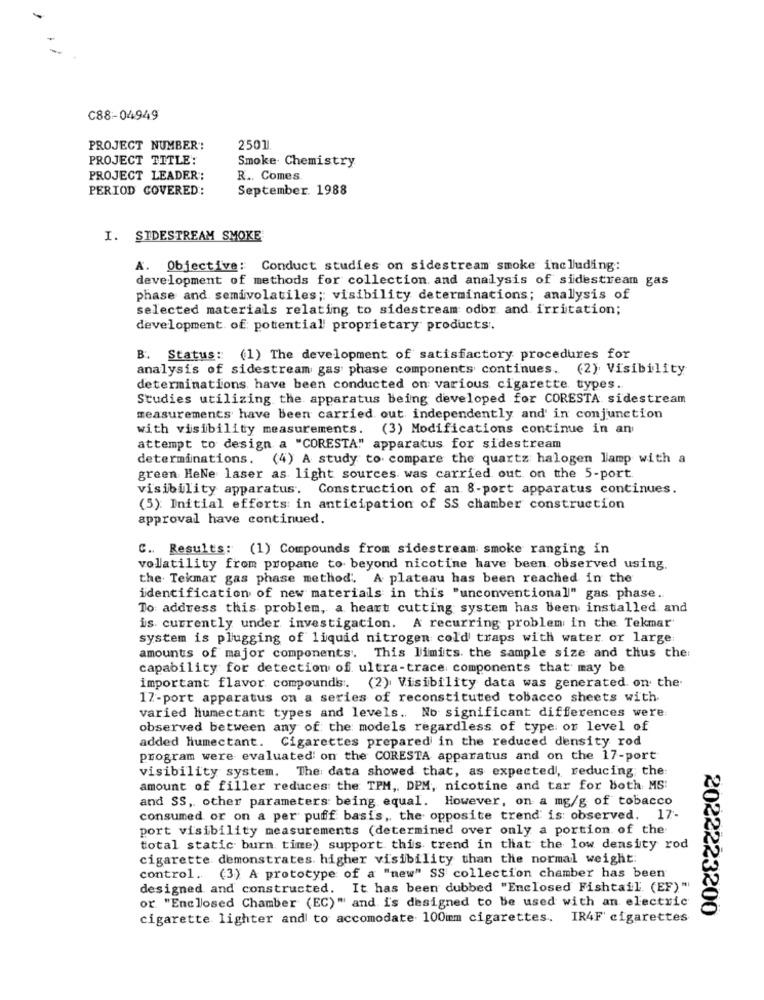
C88-04949
PROJECT NUMBER:
2501
PROJECT TITLE:
Smoke Chemistry
PROJECT LEADER:
R ., Comes
PERIOD COVERED:
September. 1988
I. SIDESTREAM SMOKE
A. Objective: Conduct studies on sidestream smoke including:
development of methods for collection and analysis of sidestream gas
phase and semivolatiles; visibility determinations; analysis of
selected materials relating to sidestream odor and irritation;
development of potential proprietary products :.
B. Status: (1) The development of satisfactory procedures for
analysis of sidestream gas phase components continues. (2) Visibility
determinations have been conducted on various cigarette types.
Studies utilizing the apparatus being developed for CORESTA sidestream
measurements have been carried out independently and in conjunction
with visibility measurements.
(3) Modifications continue in an
attempt to design a "CORESTA" apparatus for sidestream
determinations. (4) A study to compare the quartz halogen lamp with a
green HeNe laser as light sources was carried out on the 5-port
visibility apparatus. Construction of an 8-port apparatus continues.
(5): Initial efforts in anticipation of SS chamber construction
approval have continued.
C. Results: (1) Compounds from sidestream smoke ranging in
volatility from propane to beyond nicotine have been observed using.
the Tekmar gas phase method. A plateau has been reached in the
identification of new materials in thi's "unconventional" gas phase ..
To address this problem, a heart cutting system has been installed and
is currently under investigation. A recurring problem in the Tekmar
system is plugging of liquid nitrogen cold traps with water or large
amounts of major components. This limits. the sample size and thus the:
capability for detection of ultra-trace components that may be
important flavor compounds. (2) Visibility data was generated. on the.
17-port apparatus on a series of reconstituted tobacco sheets with
varied humectant types and levels. No significant differences were:
observed between any of the models regardless of type or level of
added humectant. Cigarettes prepared in the reduced density rod
program were evaluated on the CORESTA apparatus and on the 17-port
visibility system. The data showed that, as expected, reducing the
amount of filler reduces the TPM, DPM, nicotine and tar for both MS
and SS, other parameters being equal. However, on a mg/g of tobacco
consumed or on a per puff basis, the opposite trend is: observed. 17-
port visibility measurements (determined over only a portion of the
total static burn time) support this trend in that the low density rod
cigarette demonstrates. higher visibility than the normal weight:
control. (3) A prototype of a "new" SS collection chamber has been
designed and constructed. It has been dubbed "Enclosed Fishtail. (EF)"
or "Enclosed Chamber (EC)" and i's designed to be used with an electric
2022223200
cigarette lighter and to accomodate 100mm cigarettes. IR4F cigarettes